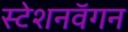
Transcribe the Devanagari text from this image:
स्टेशनवॅगन